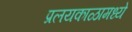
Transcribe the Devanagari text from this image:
प्रलयकाळामध्ये